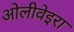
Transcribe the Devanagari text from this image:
ओलीवेइरा